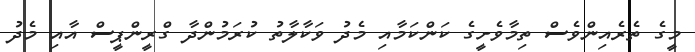
މީގެ ތެރެއިންވެސް ތިމާވެށީގެ ކަންކަމާއި މެދު ވަކާލާތު ކުރަމުންދާ ގްރީންޕީސް އާއި މެދު